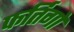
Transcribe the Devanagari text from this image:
फर्तिगों